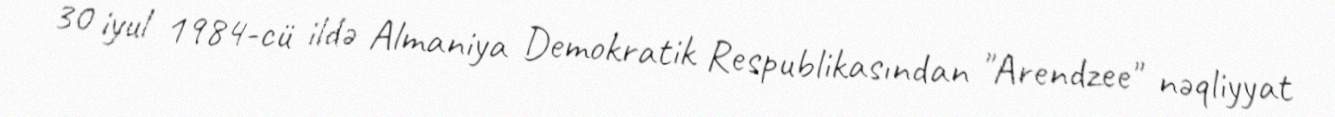
30 iyul 1984-cü ildə Almaniya Demokratik Respublikasından "Arendzee" nəqliyyat